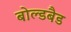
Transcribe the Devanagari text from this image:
बोल्डबैड